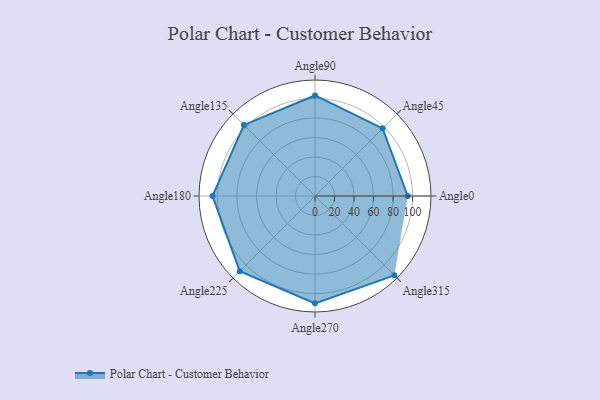
{"axis": {"x": "Angle", "y": "Radius"}, "legend": [""], "data": [{"x": "Angle0", "y": 95.0, "type": ""}, {"x": "Angle45", "y": 98.0, "type": ""}, {"x": "Angle90", "y": 103.0, "type": ""}, {"x": "Angle135", "y": 103.0, "type": ""}, {"x": "Angle180", "y": 105.0, "type": ""}, {"x": "Angle225", "y": 109.0, "type": ""}, {"x": "Angle270", "y": 110.0, "type": ""}, {"x": "Angle315", "y": 115.0, "type": ""}]}